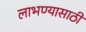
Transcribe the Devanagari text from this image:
लाभण्यासाठी